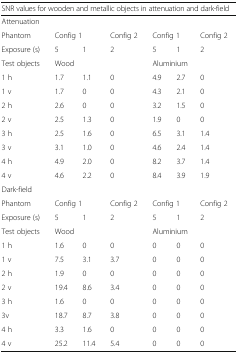
<table><thead><tr><td colspan="7"><b>SNR values for wooden and metallic objects in attenuation and dark-field</b></td></tr></thead><tbody><tr><td colspan="7">Attenuation</td></tr><tr><td>Phantom</td><td colspan="2">Config 1</td><td>Config 2</td><td colspan="2">Config 1</td><td>Config 2</td></tr><tr><td>Exposure (s)</td><td>5</td><td>1</td><td>2</td><td>5</td><td>1</td><td>2</td></tr><tr><td>Test objects</td><td colspan="3">Wood</td><td colspan="3">Aluminium</td></tr><tr><td>1 h</td><td>1.7</td><td>1.1</td><td>0</td><td>4.9</td><td>2.7</td><td>0</td></tr><tr><td>1 v</td><td>1.7</td><td>0</td><td>0</td><td>4.3</td><td>2.1</td><td>0</td></tr><tr><td>2 h</td><td>2.6</td><td>0</td><td>0</td><td>3.2</td><td>1.5</td><td>0</td></tr><tr><td>2 v</td><td>2.5</td><td>1.3</td><td>0</td><td>1.9</td><td>0</td><td>0</td></tr><tr><td>3 h</td><td>2.5</td><td>1.6</td><td>0</td><td>6.5</td><td>3.1</td><td>1.4</td></tr><tr><td>3 v</td><td>3.1</td><td>1.0</td><td>0</td><td>4.6</td><td>2.4</td><td>1.4</td></tr><tr><td>4 h</td><td>4.9</td><td>2.0</td><td>0</td><td>8.2</td><td>3.7</td><td>1.4</td></tr><tr><td>4 v</td><td>4.6</td><td>2.2</td><td>0</td><td>8.4</td><td>3.9</td><td>1.9</td></tr><tr><td colspan="7">Dark-field</td></tr><tr><td>Phantom</td><td colspan="2">Config 1</td><td>Config 2</td><td colspan="2">Config 1</td><td>Config 2</td></tr><tr><td>Exposure (s)</td><td>5</td><td>1</td><td>2</td><td>5</td><td>1</td><td>2</td></tr><tr><td>Test objects</td><td colspan="3">Wood</td><td colspan="3">Aluminium</td></tr><tr><td>1 h</td><td>1.6</td><td>0</td><td>0</td><td>0</td><td>0</td><td>0</td></tr><tr><td>1 v</td><td>7.5</td><td>3.1</td><td>3.7</td><td>0</td><td>0</td><td>0</td></tr><tr><td>2 h</td><td>1.9</td><td>0</td><td>0</td><td>0</td><td>0</td><td>0</td></tr><tr><td>2 v</td><td>19.4</td><td>8.6</td><td>3.4</td><td>0</td><td>0</td><td>0</td></tr><tr><td>3 h</td><td>1.6</td><td>0</td><td>0</td><td>0</td><td>0</td><td>0</td></tr><tr><td>3v</td><td>18.7</td><td>8.7</td><td>3.8</td><td>0</td><td>0</td><td>0</td></tr><tr><td>4 h</td><td>3.3</td><td>1.6</td><td>0</td><td>0</td><td>0</td><td>0</td></tr><tr><td>4 v</td><td>25.2</td><td>11.4</td><td>5.4</td><td>0</td><td>0</td><td>0</td></tr></tbody></table>